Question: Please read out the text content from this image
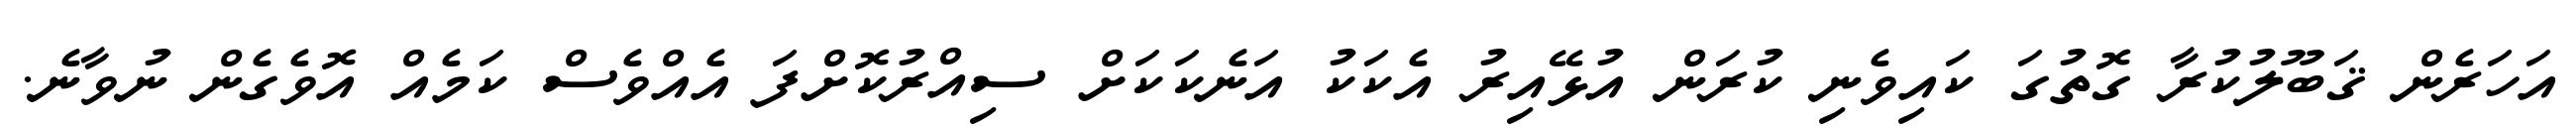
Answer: އަހަރެން ޤަބޫލުކުރާ ގޮތުގަ ކައިވެނި ކުރަން އުޅޭއިރު އެކަކު އަނެކަކަށް ސިއްރުކޮށްފަ އެއްވެސް ކަމެއް އޮވެގެން ނުވާނެ.